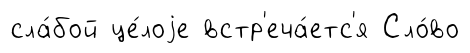
сла́бой це́лоjе встр'еча́етс'я Сло́во